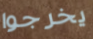
يخرجوا